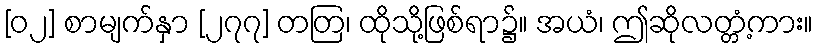
[၀၂] စာမျက်နှာ [၂၇၇] တတြ၊ ထိုသို့ဖြစ်ရာ၌။ အယံ၊ ဤဆိုလတ္တံ့ကား။